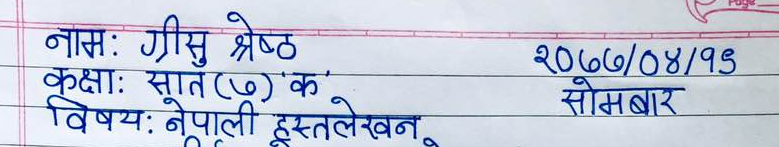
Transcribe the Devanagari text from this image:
नाम: ग्रीसु श्रेष्ठ २०७७/०४/१९
कक्षा: सात (७) 'क' सोमवार
विषय: नेपाली हस्तलेखन